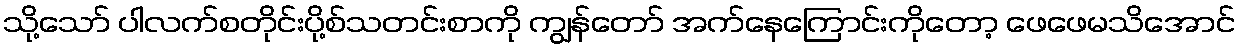
သို့သော် ပါလက်စတိုင်းပို့စ်သတင်းစာကို ကျွန်တော် အက်နေကြောင်းကိုတော့ ဖေဖေမသိအောင်